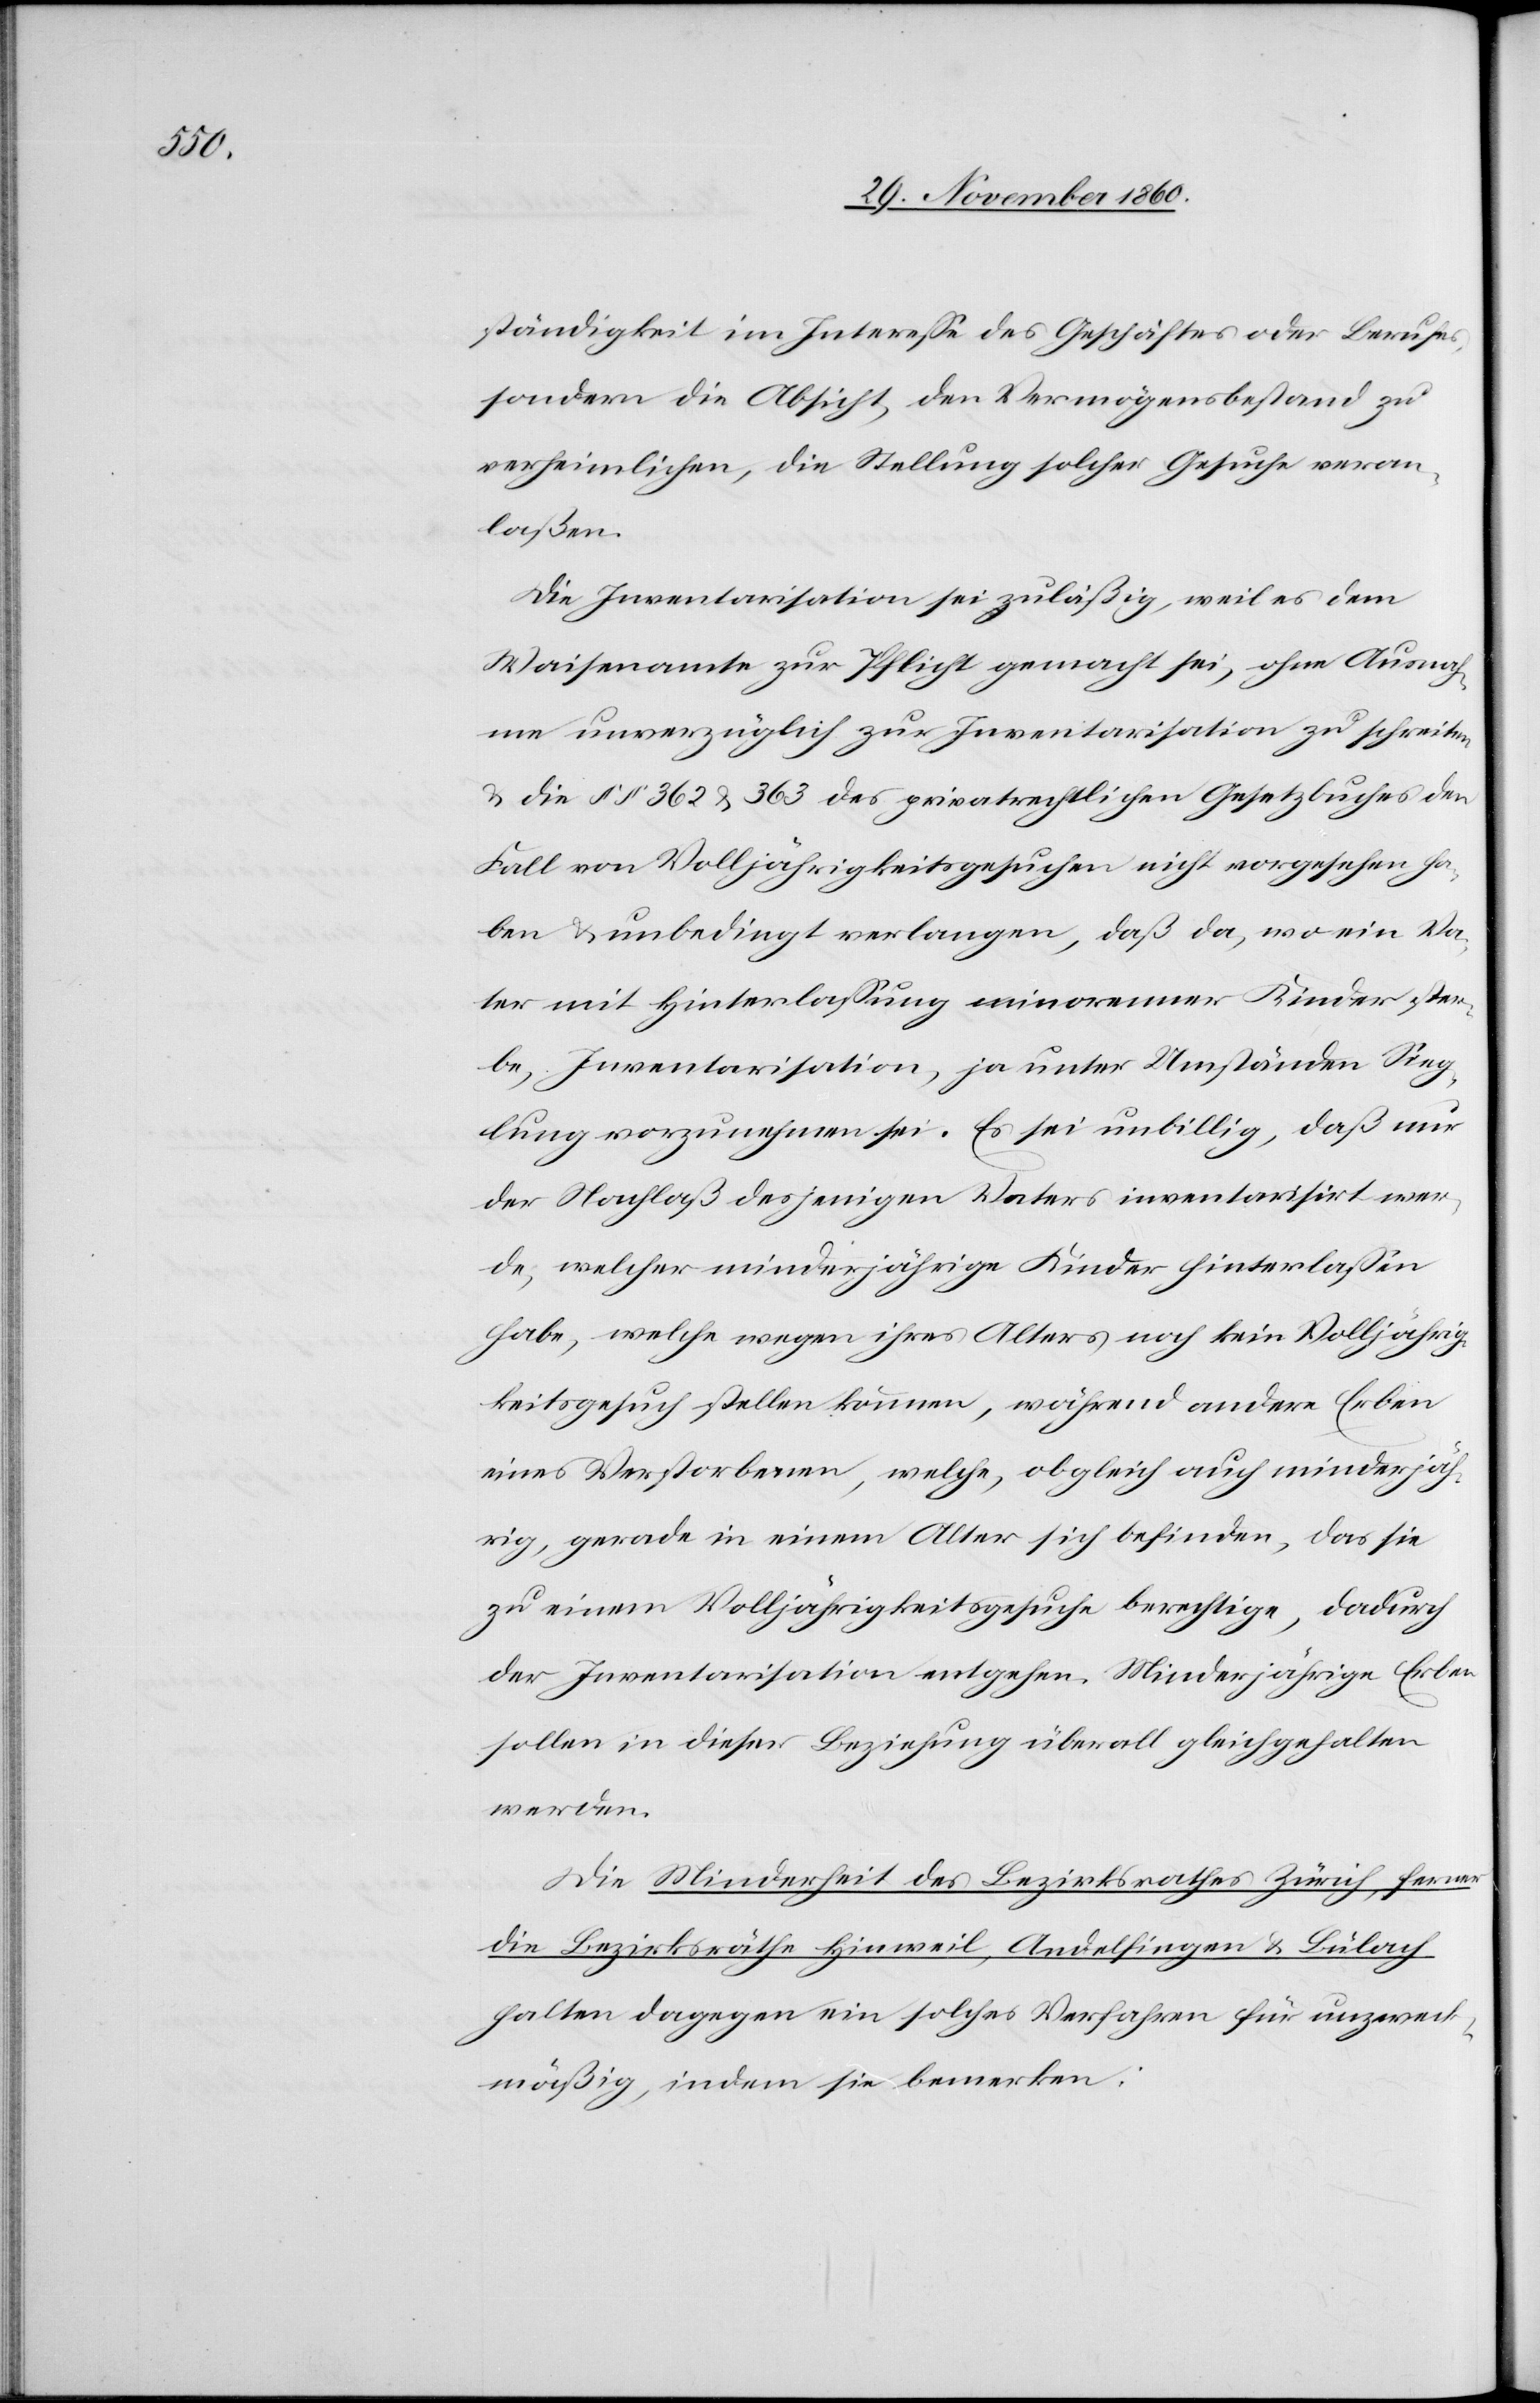
ständigkeit im Interesse des Geschäftes oder Berufes,
sondern die Absicht, den Vermögensbestand zu
verheimlichen, die Stellung solcher Gesuche veran¬
laßen.
Die Inventarisation sei zuläßig, weil es dem
Waisenamte zur Pflicht gemacht sei, ohne Ausnah¬
me unverzüglich zur Inventarisation zu schreiten
u. die §§ 362 u. 363 des privatrechtlichen Gesetzbuches den
Fall von Volljährigkeitsgesuchen nicht vorgesehen ha¬
ben u. unbedingt verlangen, daß da, wo ein Va¬
ter mit Hinterlassung minorenner Kinder ster¬
be, Inventarsation, ja unter Umständen Sieg¬
lung vorzunehmen sei. Es sei unbillig, daß nur
der Nachlaß desjenigen Vaters inventarisirt wer¬
de, welcher minderjährige Kinder hinterlassen
habe, welche wegen ihres Alters noch kein Volljährig¬
keitsgesuch stellen können, während andere Erben
eines Verstorbenen, welche, obgleich auch minderjäh¬
rig, gerade in einem Alter sich befinden, das sie
zu einem Volljährigkeitsgesuche berechtige, dadurch
der Inventarisation entgehen. Minderjährige Erben
sollen in dieser Beziehung überall gleichgehalten
werden.
Die Minderheit des Bezirksrathes Zürich, ferner
die Bezirksräthe Hinweil, Andelfingen u. Bülach
halten dagegen ein solches Verfahren für unzweck¬
mäßig, indem sie bemerken: